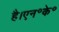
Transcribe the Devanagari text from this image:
है।एन॰के॰